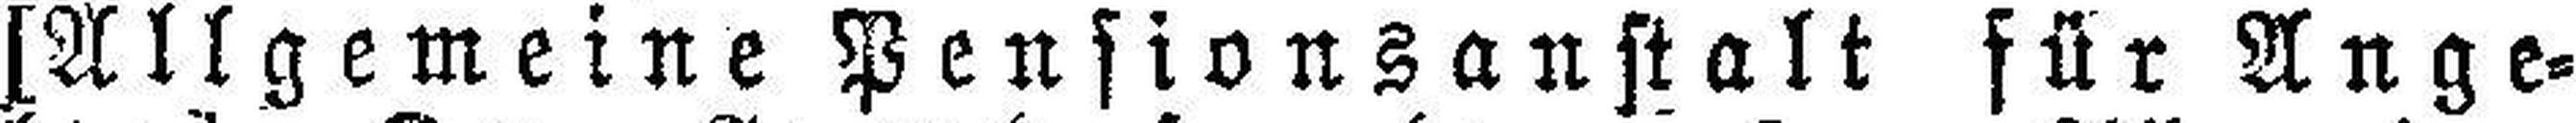
[Allgemeine Pensionsanstalt für Ange¬